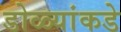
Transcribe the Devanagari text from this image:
डोळ्यांकडे